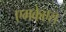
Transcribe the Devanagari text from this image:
एमकेएस